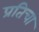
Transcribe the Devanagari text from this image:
प्रतिचा